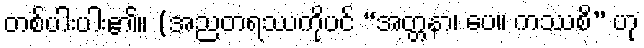
တစ်ပါးပါး၏။ (အညတရဿကိုပင် “အတ္တနာ၊ ပေ။ ကဿစိ” ဟု